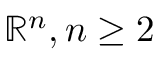
\mathbb { R } ^ { n } , n \geq 2